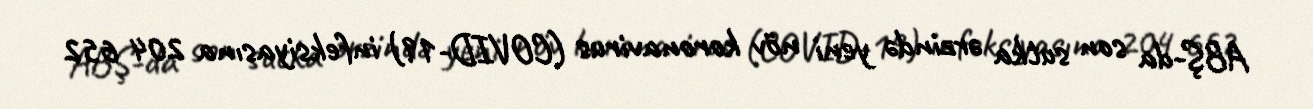
ABŞ-da son sutka ərzində yeni növ koronavirus (COVID-19) infeksiyasına 204 652